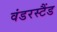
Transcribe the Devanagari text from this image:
वंडरस्टैंड